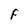
Character: F